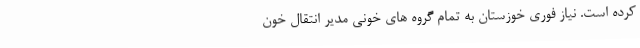
کرده است. نیاز فوری خوزستان به تمام گروه های خونی مدیر انتقال خون